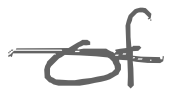
Text: of
Cross-out: single-line
Writing tool: digital_gray